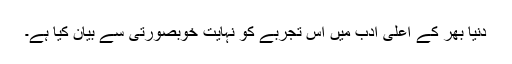
دنیا بھر کے اعلیٰ ادب میں اس تجربے کو نہایت خوبصورتی سے بیان کیا ہے۔